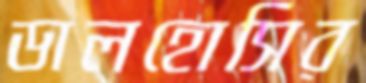
ডালহোসির